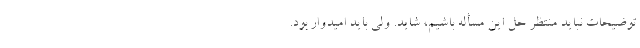
توضیحات نباید منتظر حل این مسأله باشیم، شاید. ولی باید امیدوار بود.